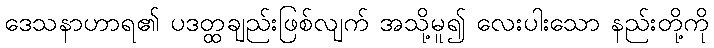
ဒေသနာဟာရ၏ ပဒတ္ထချည်းဖြစ်လျက် အသို့မူ၍ လေးပါးသော နည်းတို့ကို